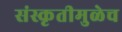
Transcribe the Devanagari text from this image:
संस्कृतीमुळेच